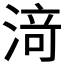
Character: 𰜟